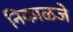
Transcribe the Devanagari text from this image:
निकाळजे